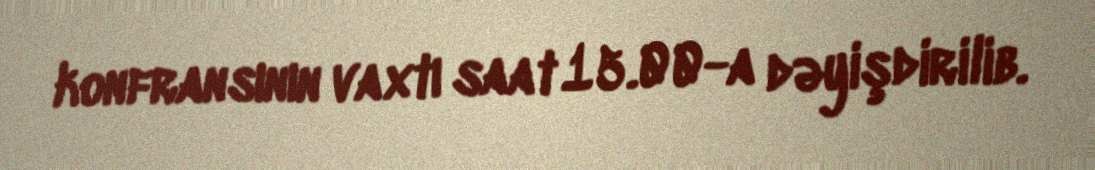
konfransının vaxtı saat 15.00-a dəyişdirilib.